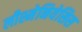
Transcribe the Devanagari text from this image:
लीश्मेनियेसिस